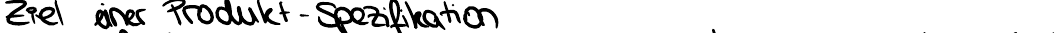
Ziel einer Produkt-Spezifikation